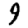
Digit: 9